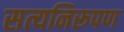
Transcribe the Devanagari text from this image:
सत्यनिरूपण